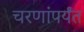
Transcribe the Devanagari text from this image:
चरणांपर्यंत